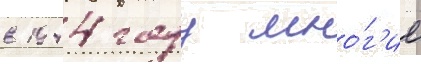
в 1944 году мно́г'ие